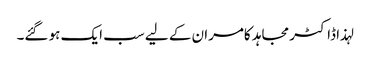
لہذا ڈاکٹر مجاہد کامران کے لیے سب ایک ہو گئے۔